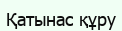
Қатынас құру